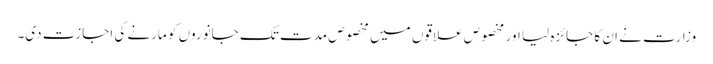
وزارت نے ان کا جائزہ لیا اور مخصوص علاقوں میں مخصوص مدت تک جانوروں کو مارنے کی اجازت دی۔